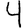
Digit: 4